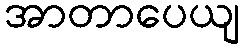
အာတာပေယျ